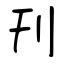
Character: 刋